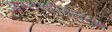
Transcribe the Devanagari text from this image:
आत्मचरित्रातूनही